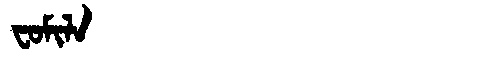
Manchu: ᠸᠣᠮᡳᠯᠠ
Romanization: FOMILA